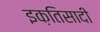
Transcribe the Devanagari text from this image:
इक़तिसादी